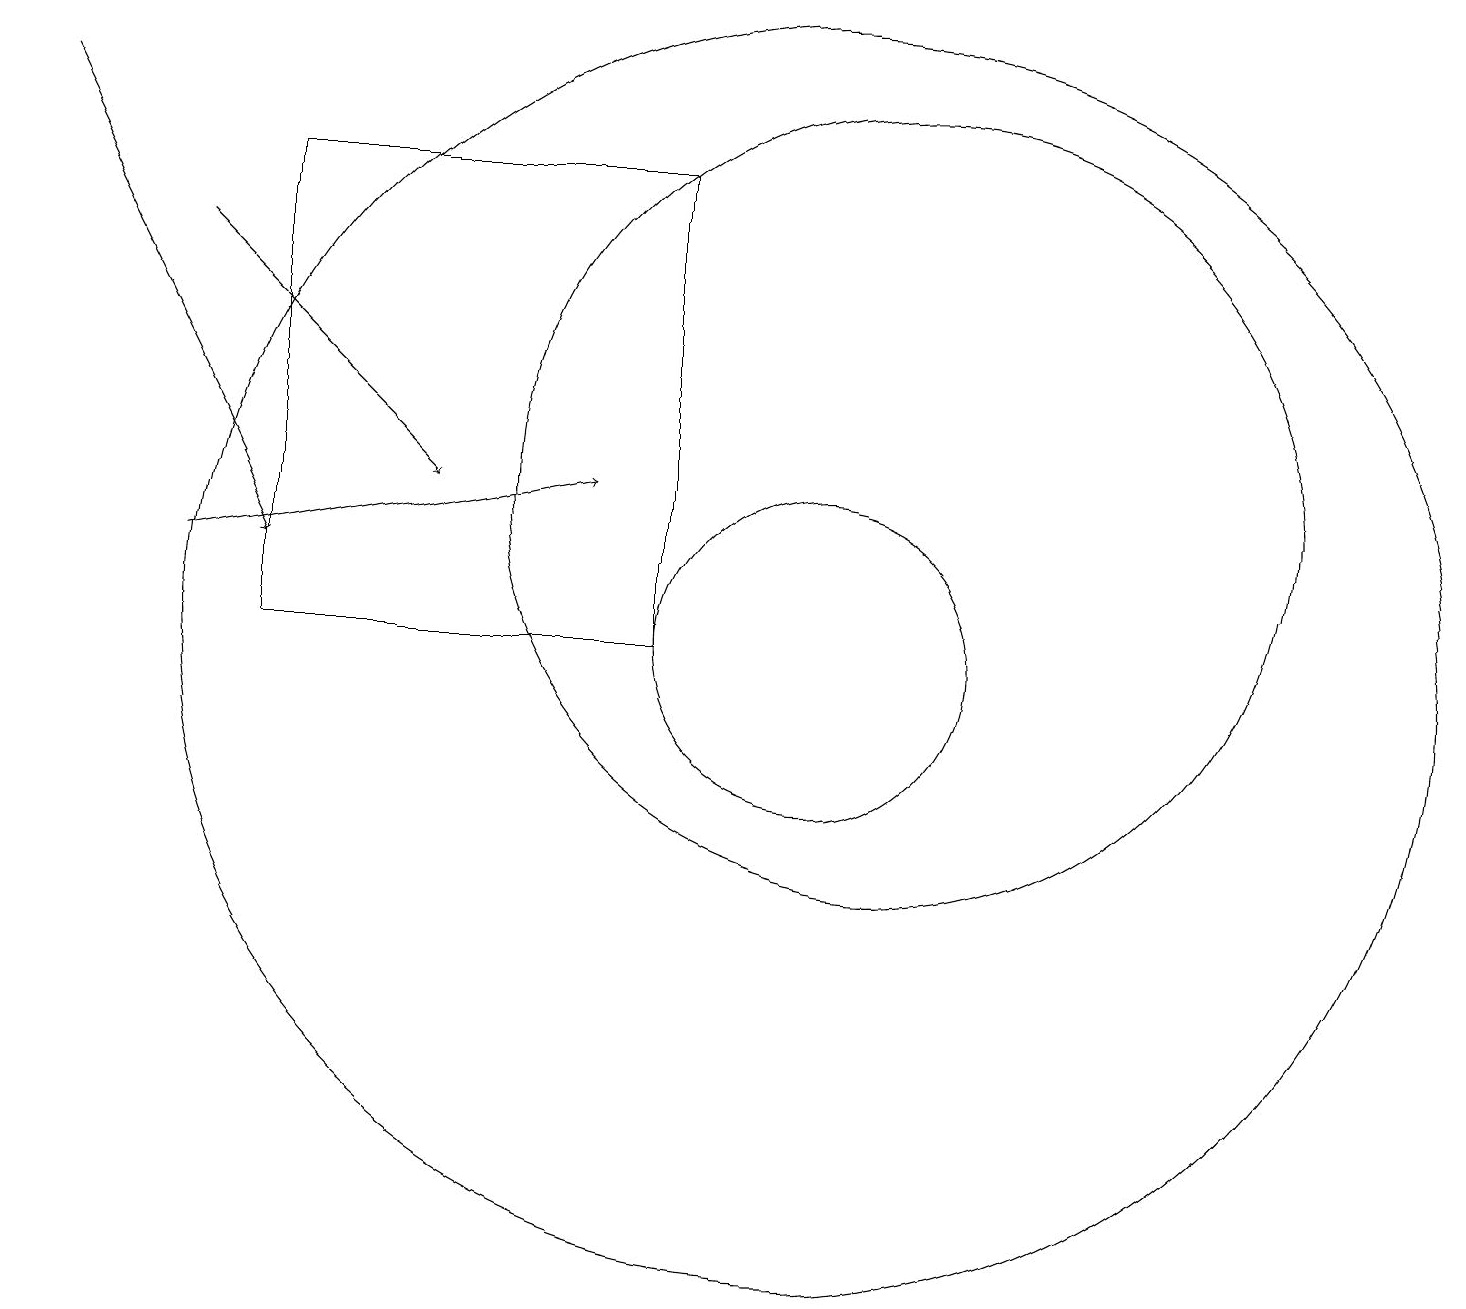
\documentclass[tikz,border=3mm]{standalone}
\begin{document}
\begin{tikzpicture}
\draw[->] (2,11) -- (7,12);
\draw (11,12) circle (5);
\draw (10,10) circle (2);
\draw (8,10) rectangle (3,16);
\draw[->] (0,17) -- (3,11);
\draw (10,10) circle (8);
\draw[->] (2,15) -- (5,12);
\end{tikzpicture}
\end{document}